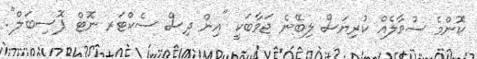
ކޮންމެ ސުވާލެއް ކުރިޔަސް ލިބޭނެ ޖަވާބަކީ "އިން ދިސް ސެކްޓަރ ނޮޓް ޕޮސިބަލް".